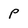
Character: P